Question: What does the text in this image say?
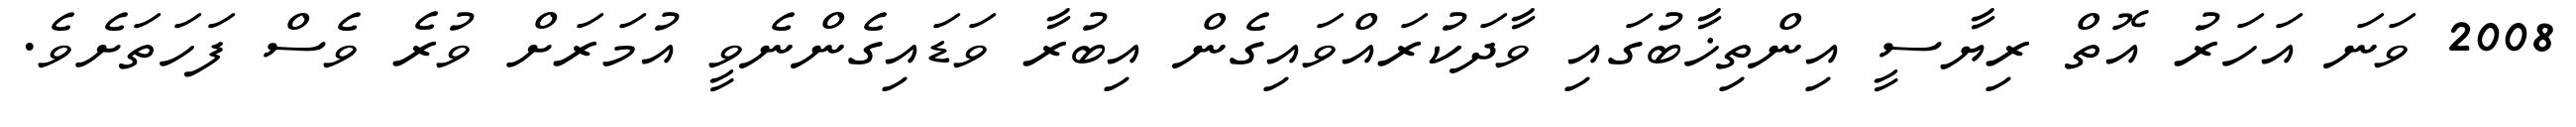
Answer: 2008 ވަނަ އަހަރު އޮތް ރިޔާސީ އިންތިޚާބުގައި ވާދަކުރައްވައިގެން އިބުރާ ވަޑައިގެންނެވީ އުމަރަށް ވުރެ ވެސް ފަހަތަށެވެ.